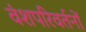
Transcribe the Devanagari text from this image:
वंशपरिवर्तनों